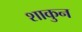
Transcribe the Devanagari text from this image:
शाकुन